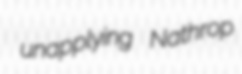
unapplying Nathrop